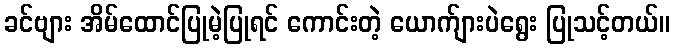
ခင်ဗျား အိမ်ထောင်ပြုမဲ့ပြုရင် ကောင်းတဲ့ ယောက်ျားပဲရွေး ပြုသင့်တယ်။